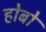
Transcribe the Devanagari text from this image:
होबो